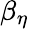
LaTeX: \beta_{\eta}